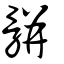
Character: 骿